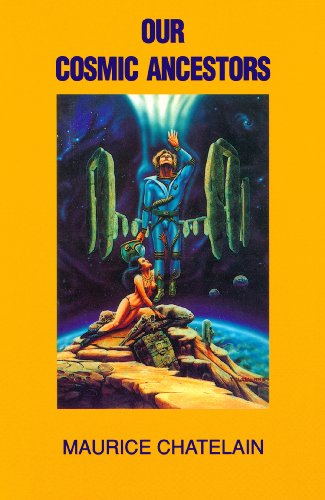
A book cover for Our Cosmic Ancestors; Maurice Chatelain; Science & Math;